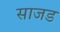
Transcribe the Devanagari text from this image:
साजड